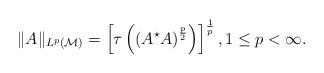
LaTeX: \begin{align*}\|A\|_{L^p(\mathcal M)} = \left[\tau \left(\left(A^\star A \right)^{\frac p2}\right) \right]^{\frac1p}, 1\leq p <\infty.\end{align*}